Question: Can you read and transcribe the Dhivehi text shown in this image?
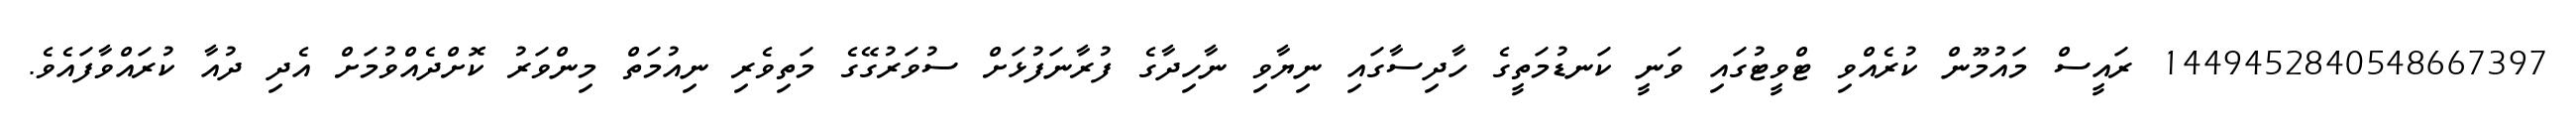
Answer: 1449452840548667397 ރައީސް މައުމޫން ކުރެއްވި ޓްވީޓުގައި ވަނީ ކަނޑުމަތީގެ ހާދިސާގައި ނިޔާވި ނާހިދާގެ ފުރާނަފުޅަށް ސުވަރުގޭގެ މަތިވެރި ނިއުމަތް މިންވަރު ކޮށްދެއްވުމަށް އެދި ދުއާ ކުރައްވާފައެވެ.